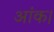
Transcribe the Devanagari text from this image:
आंक।